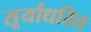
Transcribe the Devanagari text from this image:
सूर्याधरित